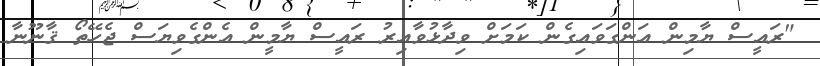
"ރައީސް ޔާމިން އަންގަވައިގެން ކަމަށް ވިދާޅުވާއިރު ރައީސް ޔާމީން އެންގެވިޔަސް ޖެހޭތޯ ޤާނޫނާ